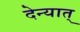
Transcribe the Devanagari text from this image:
देन्यात्